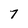
Character: 7